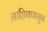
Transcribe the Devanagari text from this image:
साहिबपासून